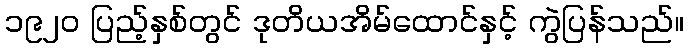
၁၉၂၀ ပြည့်နှစ်တွင် ဒုတိယအိမ်ထောင်နှင့် ကွဲပြန်သည်။